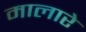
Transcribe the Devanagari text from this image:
मालारे